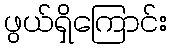
ဖွယ်ရှိကြောင်း